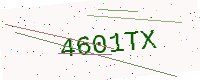
Text: 4601TX